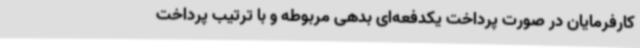
کارفرمایان در صورت پرداخت یکدفعه‌ای بدهی مربوطه و با ترتیب پرداخت